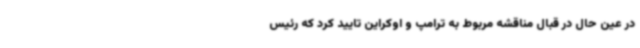
در عین حال در قبال مناقشه مربوط به ترامپ و اوکراین تایید کرد که رئیس